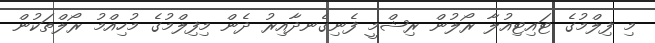
މި ފިލްމުގެ ޓައިޓިއުލާ ރޯލުން ރިޝްމީ ފެނިގެނދާއިރު ދެން މިފިލްމުގެ މުހިއްމު ރޯލްތަކުން